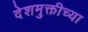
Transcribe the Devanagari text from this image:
देशमुक्तीच्या